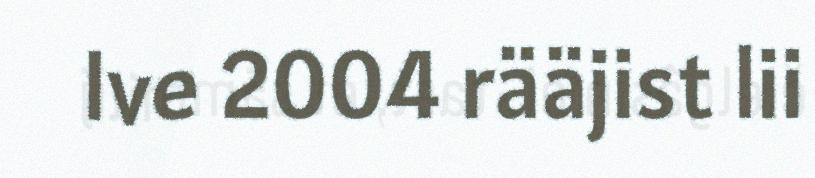
Ive 2004 rääjist lii